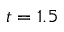
t = 1 . 5